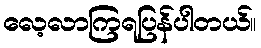
လေ့လာကြရပြန်ပါတယ်။